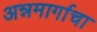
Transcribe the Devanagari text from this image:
अन्नमार्गाचा